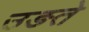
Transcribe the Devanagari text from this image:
उङते